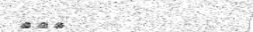
١٤٩